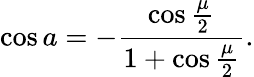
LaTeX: \cos a=-{\frac{\cos{\frac{\mu}{2}}}{1+\cos{\frac{\mu}{2}}}}.